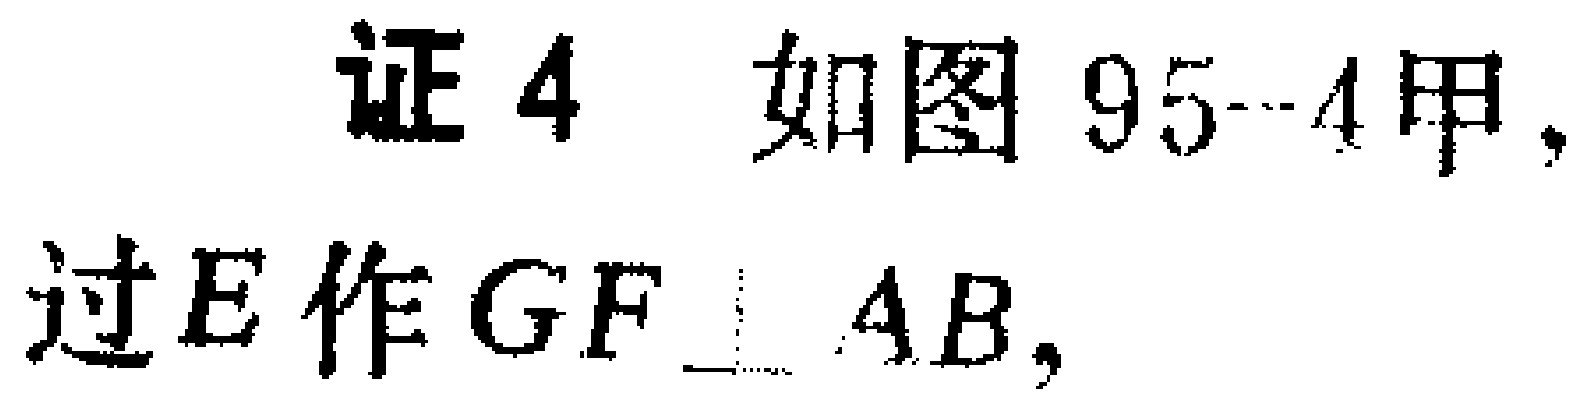
证4 如图95-4甲，过\(E\)作\(GF\perp AB\)，